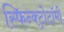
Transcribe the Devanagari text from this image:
स्फिन्क्ट्रोटॉमी